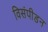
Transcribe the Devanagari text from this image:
विसंपीडन